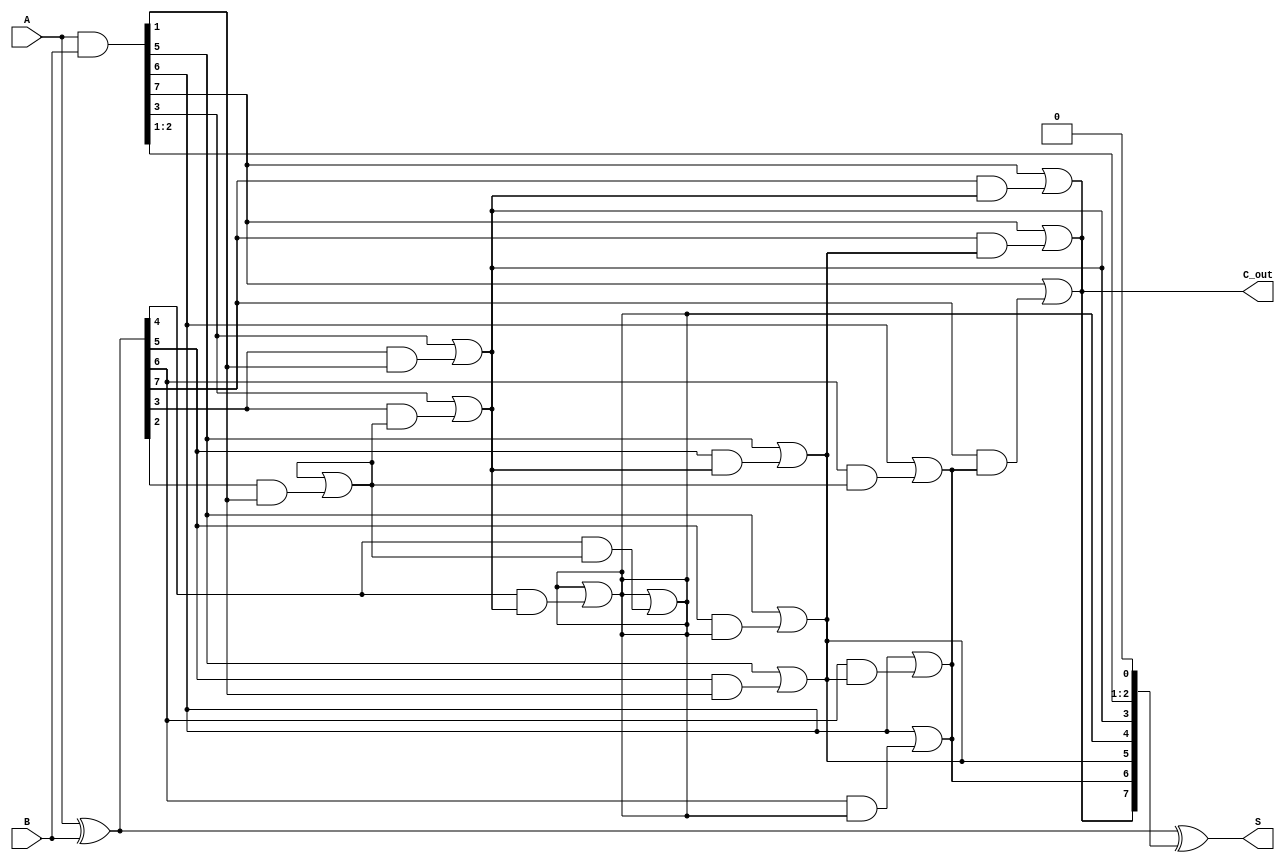
module KoggeStoneAdder #(
    parameter N = 8 // Width of the input binary numbers (must be a power of 2)
)(
    input [N-1:0] A, // First binary number
    input [N-1:0] B, // Second binary number
    output [N-1:0] S, // Sum output
    output C_out // Carry out
);

    // Generate and Propagate signals
    wire [N-1:0] G; // Generate signals
    wire [N-1:0] P; // Propagate signals
    wire [N:0] C; // Carry signals

    // Compute Generate and Propagate signals
    assign G = A & B; // G[i] = A[i] & B[i]
    assign P = A ^ B; // P[i] = A[i] ^ B[i]

    // Initialize carry signals
    assign C[0] = 1'b0; // No initial carry

    // Kogge-Stone Carry Generation
    genvar i, j, k;
    generate
        // Stage 1 to log2(N)
        for (k = 0; k < $clog2(N); k = k + 1) begin : stage
            for (j = 0; j < N; j = j + 1) begin : carry_gen
                if (j >= (1 << k)) begin
                    assign C[j] = G[j] | (P[j] & C[j - (1 << k)]);
                end else begin
                    assign C[j] = C[j]; // Carry remains the same
                end
            end
        end
    endgenerate

    // Final Carry Out
    assign C_out = C[N-1];

    // Sum Calculation
    assign S = P ^ C[N-1:0]; // S[i] = P[i] ^ C[i-1]

endmodule